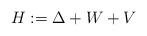
LaTeX: \begin{align*}H := \Delta + W + V\end{align*}